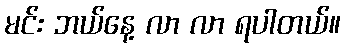
မင်း ဘယ်နေ့ လာ လာ ရပါတယ်။